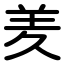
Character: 羑